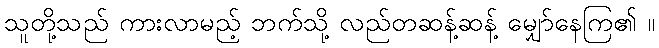
သူတို့သည် ကားလာမည့် ဘက်သို့ လည်တဆန့်ဆန့် မျှော်နေကြ၏ ။